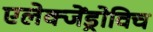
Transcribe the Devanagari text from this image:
एलेक्जेंड्रोविच